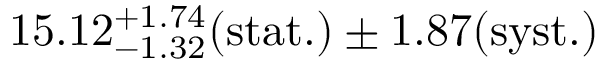
1 5 . 1 2 _ { - 1 . 3 2 } ^ { + 1 . 7 4 } ( \mathrm { s t a t . ) \pm 1 . 8 7 ( \mathrm { s y s t . ) } }